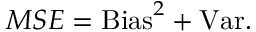
M S E = \mathrm { B i a s } ^ { 2 } + \mathrm { V a r } .